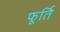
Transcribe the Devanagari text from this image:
फूर्ति